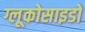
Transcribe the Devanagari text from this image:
ग्लूकोसाइडों